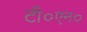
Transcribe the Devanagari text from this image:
टी०एन०